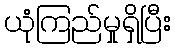
ယုံကြည်မှုရှိပြီး